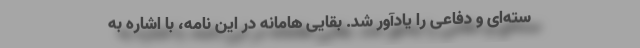
سته‌ای و دفاعی را یادآور شد. بقایی هامانه در این نامه، با اشاره به